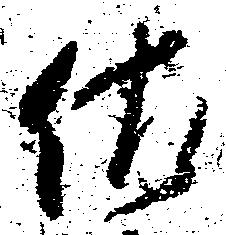
佐